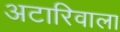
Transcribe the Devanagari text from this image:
अटारिवाला